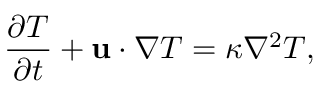
{ \frac { \partial { T } } { \partial t } + { \bf u } \cdot \nabla { T } } = { { \kappa } { \nabla ^ { 2 } } { T } } ,